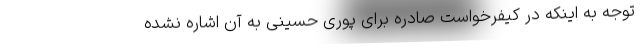
توجه به اینکه در کیفرخواست صادره برای پوری حسینی به آن اشاره نشده